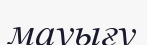
мауығу